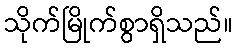
သိုက်မြိုက်စွာရှိသည်။